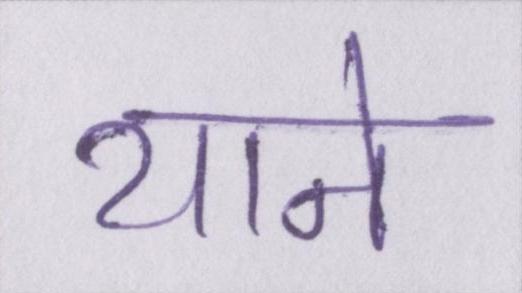
याने